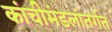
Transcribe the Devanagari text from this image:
कांचीमंडलांतर्गत